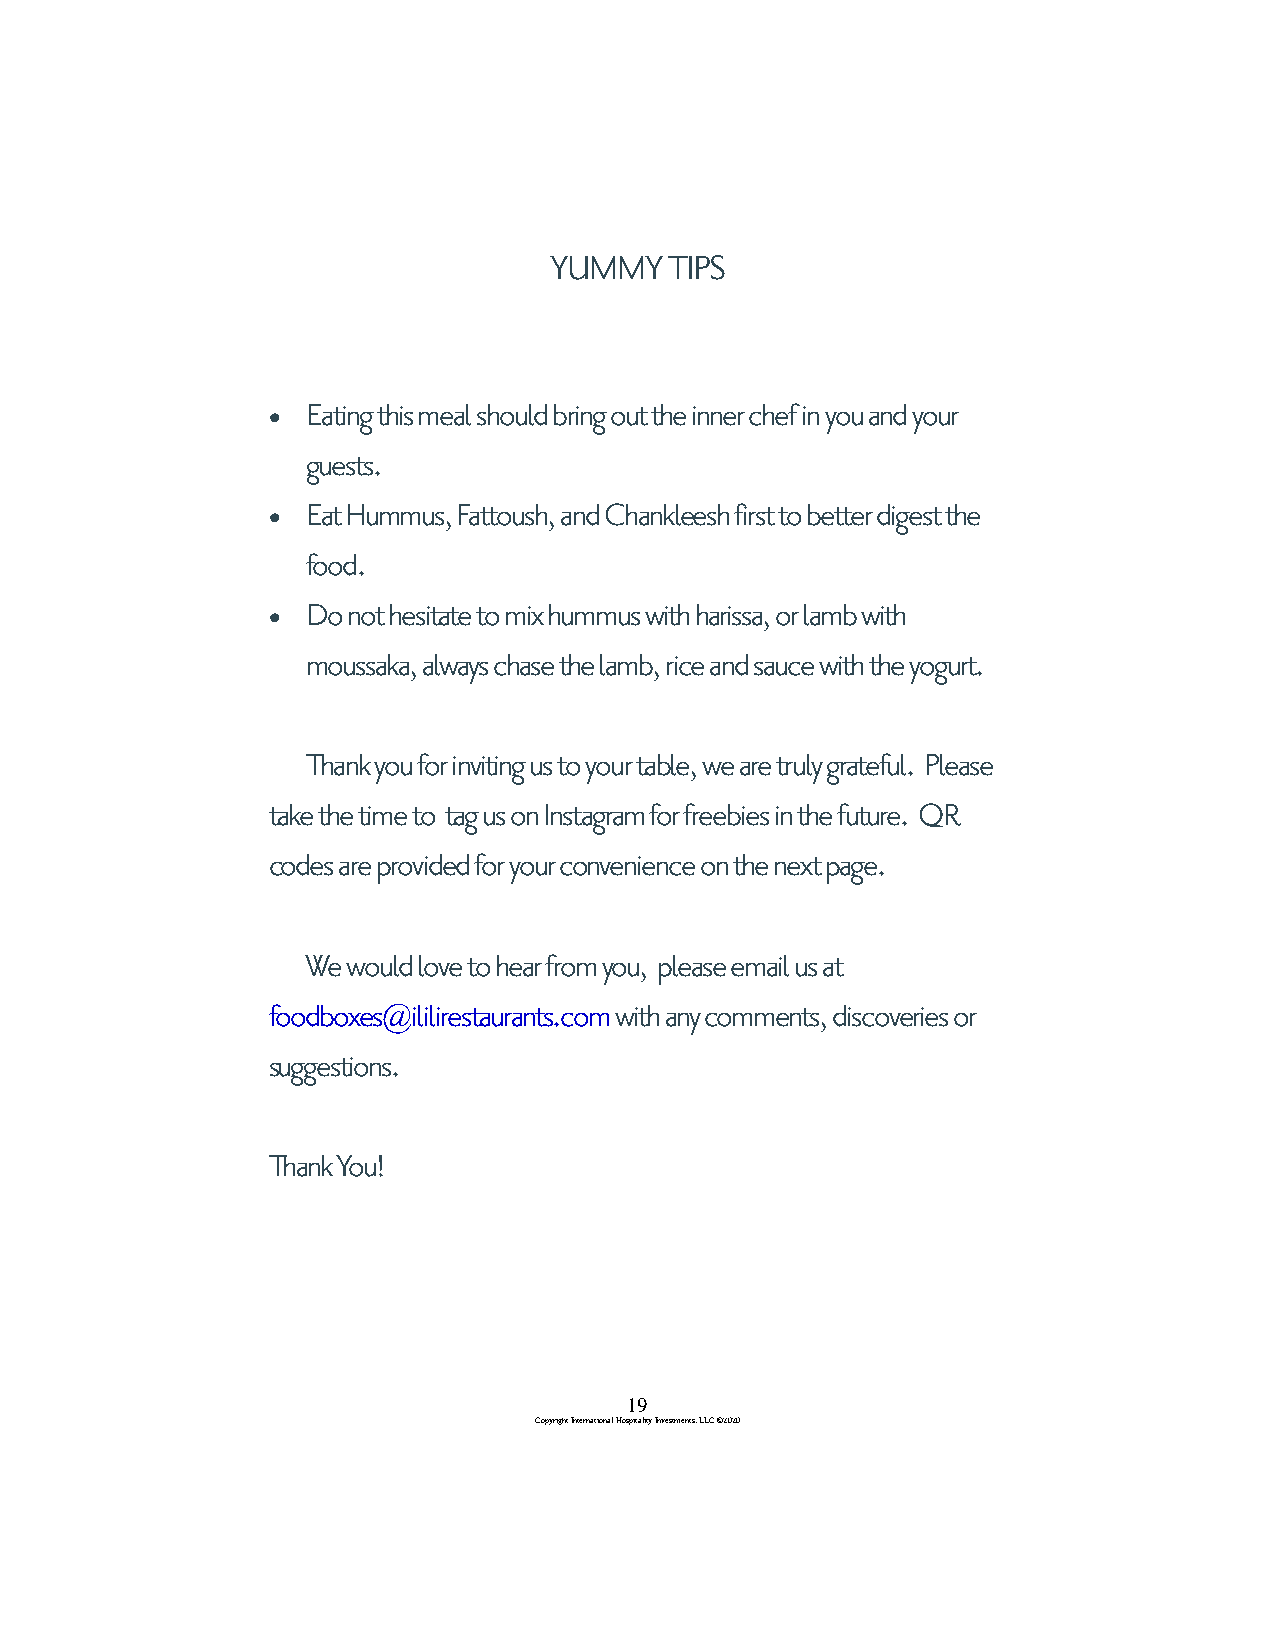
YUMMY   TIPS
 Eating this meal should bring out the inner chef in you and your
 
 guests.
 Eat Hummus, Fattoush, and Chankleesh first to better digest the
 
 food.
 Do not hesitate to mix hummus with harissa, or lamb with
 
 moussaka, always chase the lamb, rice and sauce with the yogurt.
 Thank you for inviting us to your table, we are truly grateful. Please
 take the time to tag us on Instagram for freebies in the future. QR
 codes are provided for your convenience on the next page.
 We would love to hear from you, please email us at
 foodboxes@ililirestaurants.com with any comments, discoveries or
 suggestions.
 Thank You!
 19
 Copyright International Hospitality Investments, LLC ©2020